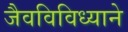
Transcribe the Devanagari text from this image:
जैवविविध्याने